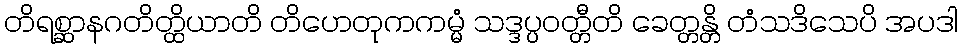
တိရစ္ဆာနဂတိတ္ထိယာတိ တိဟေတုကကမ္မံ သဒ္ဒပ္ပဝတ္တီတိ ခေတ္တန္တိ တံသဒိသေပိ အပဒါ